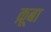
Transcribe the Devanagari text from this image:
क़ूबा